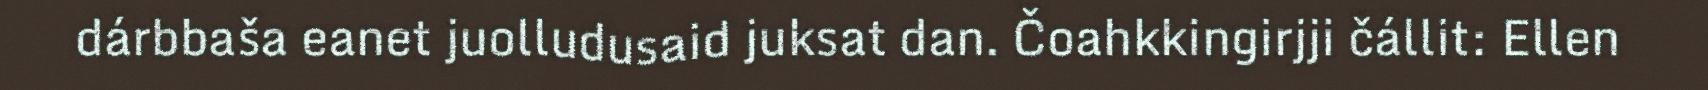
dárbbaša eanet juolludusaid juksat dan. Čoahkkingirjji čállit: Ellen